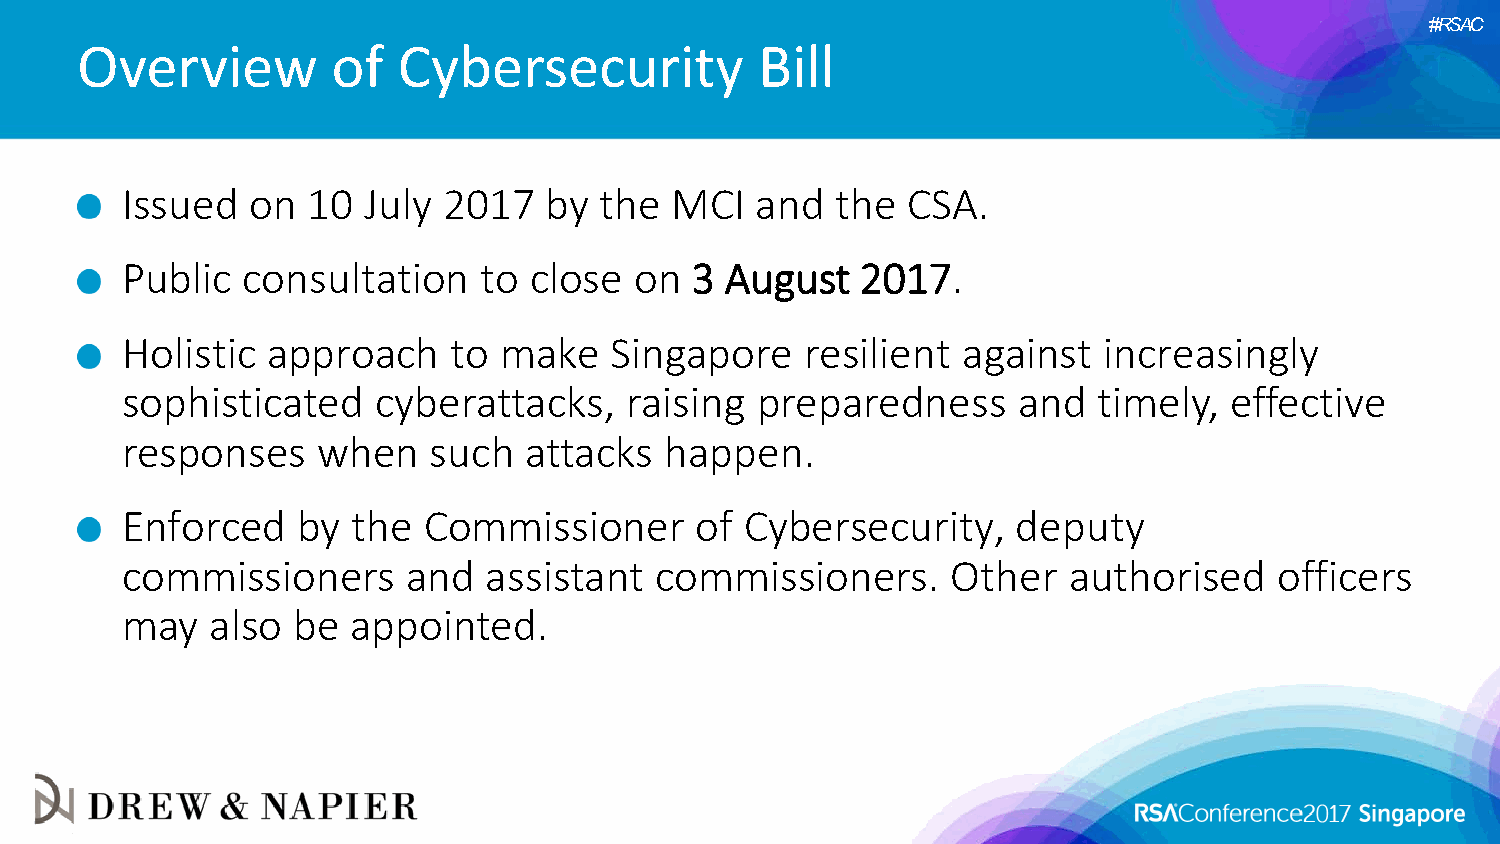
#RSAC
 Overview         of  Cybersecurity           Bill
 Issued   on 10  July 2017   by  the MCI   and  the  CSA.
 Public  consultation    to close  on  3 August   2017.
 Holistic  approach    to make   Singapore    resilient  against  increasingly
 sophisticated    cyberattacks,    raising preparedness     and   timely, effective
 responses    when   such   attacks  happen.
 Enforced    by the  Commissioner      of Cybersecurity,    deputy
 commissioners      and  assistant  commissioners.      Other   authorised    officers
 may   also be  appointed.